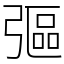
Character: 彄